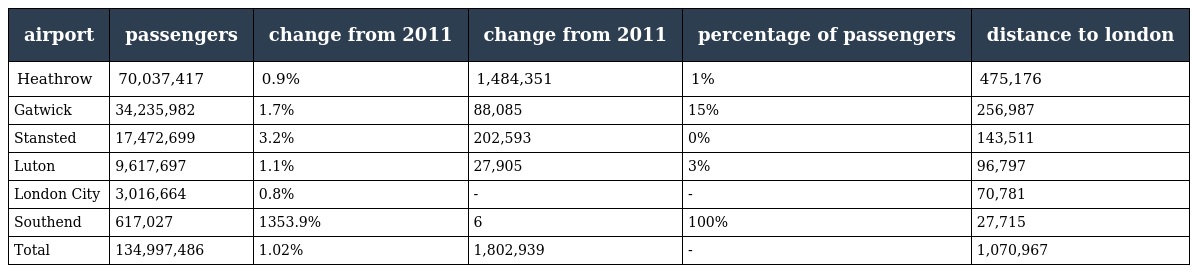
| airport | passengers | change from 2011 | change from 2011 | percentage of passengers | distance to london |
 | --- | --- | --- | --- | --- | --- |
 | Heathrow | 70,037,417 | 0.9% | 1,484,351 | 1% | 475,176 |
 | Gatwick | 34,235,982 | 1.7% | 88,085 | 15% | 256,987 |
 | Stansted | 17,472,699 | 3.2% | 202,593 | 0% | 143,511 |
 | Luton | 9,617,697 | 1.1% | 27,905 | 3% | 96,797 |
 | London City | 3,016,664 | 0.8% | - | - | 70,781 |
 | Southend | 617,027 | 1353.9% | 6 | 100% | 27,715 |
 | Total | 134,997,486 | 1.02% | 1,802,939 | - | 1,070,967 |